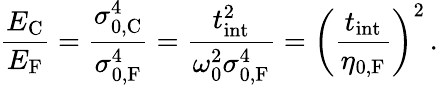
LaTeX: \frac{E_{\mathrm{C}}}{E_{\mathrm{F}}}=\frac{\sigma_{0,\mathrm{C}}^{4}}{\sigma_{0,\mathrm{F}}^{4}}=\frac{t_{\mathrm{int}}^{2}}{\omega_{0}^{2}\sigma_{0,\mathrm{F}}^{4}}=\left(\frac{t_{\mathrm{int}}}{\eta_{0,\mathrm{F}}}\right)^{2}\, .